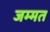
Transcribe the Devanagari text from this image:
जम्मत